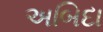
અબિદા